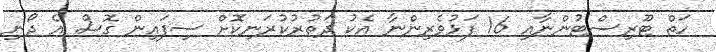
ހަތް ޓޫރިސްޓުންނާއި 16 ފަޅުވެރިންނާ އެކު ދަތުރުކުރަނިކޮށް ސިފައިން ގޮސް އެ ދޯނި